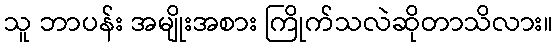
သူ ဘာပန်း အမျိုးအစား ကြိုက်သလဲဆိုတာသိလား။